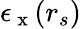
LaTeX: \epsilon_{\mathrm{~x~}}(r_{s})